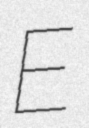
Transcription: E